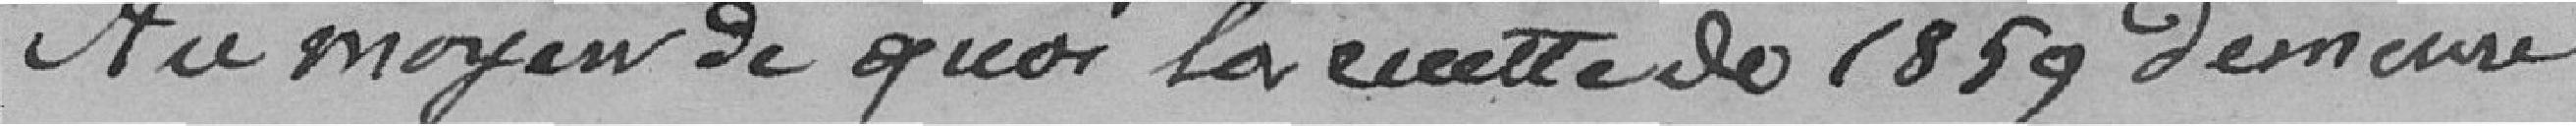
Au moyen de quoi la recette de 1859 demeure